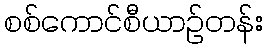
စစ်ကောင်စီယာဉ်တန်း